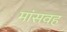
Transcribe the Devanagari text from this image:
मांसवह